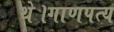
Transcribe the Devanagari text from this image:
थे।गाणपत्य